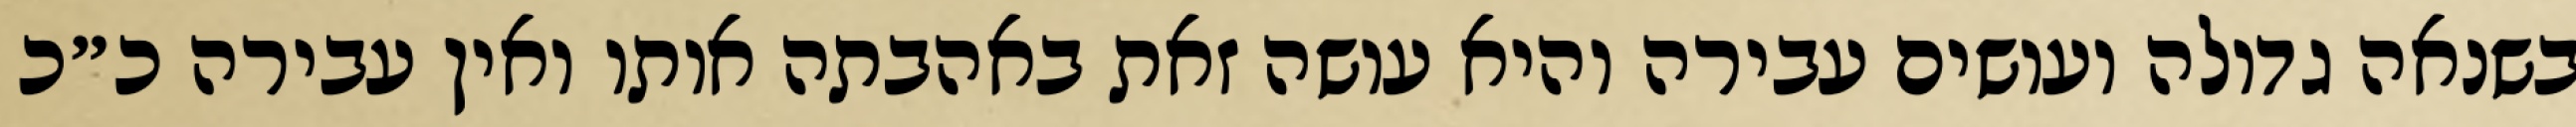
בשנאה גדולה ועושים עבירה והיא עושה זאת באהבתה אותו ואין עבירה כ״כ